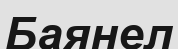
Баянел